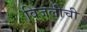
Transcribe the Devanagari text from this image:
विजलीची